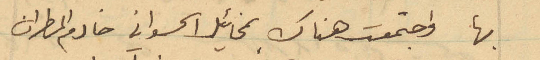
بها واجتمعت هناك بمخائيل الحسواني خادم المطران